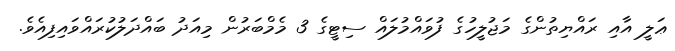
ޢަލީ އާއި ރައްޔިތުންގެ މަޖުލީހުގެ ފުވައްމުލައް ސިޓީގެ 3 މެމްބަރުން މިއަދު ބައްދަލުކުރައްވައިފިއެވެ.